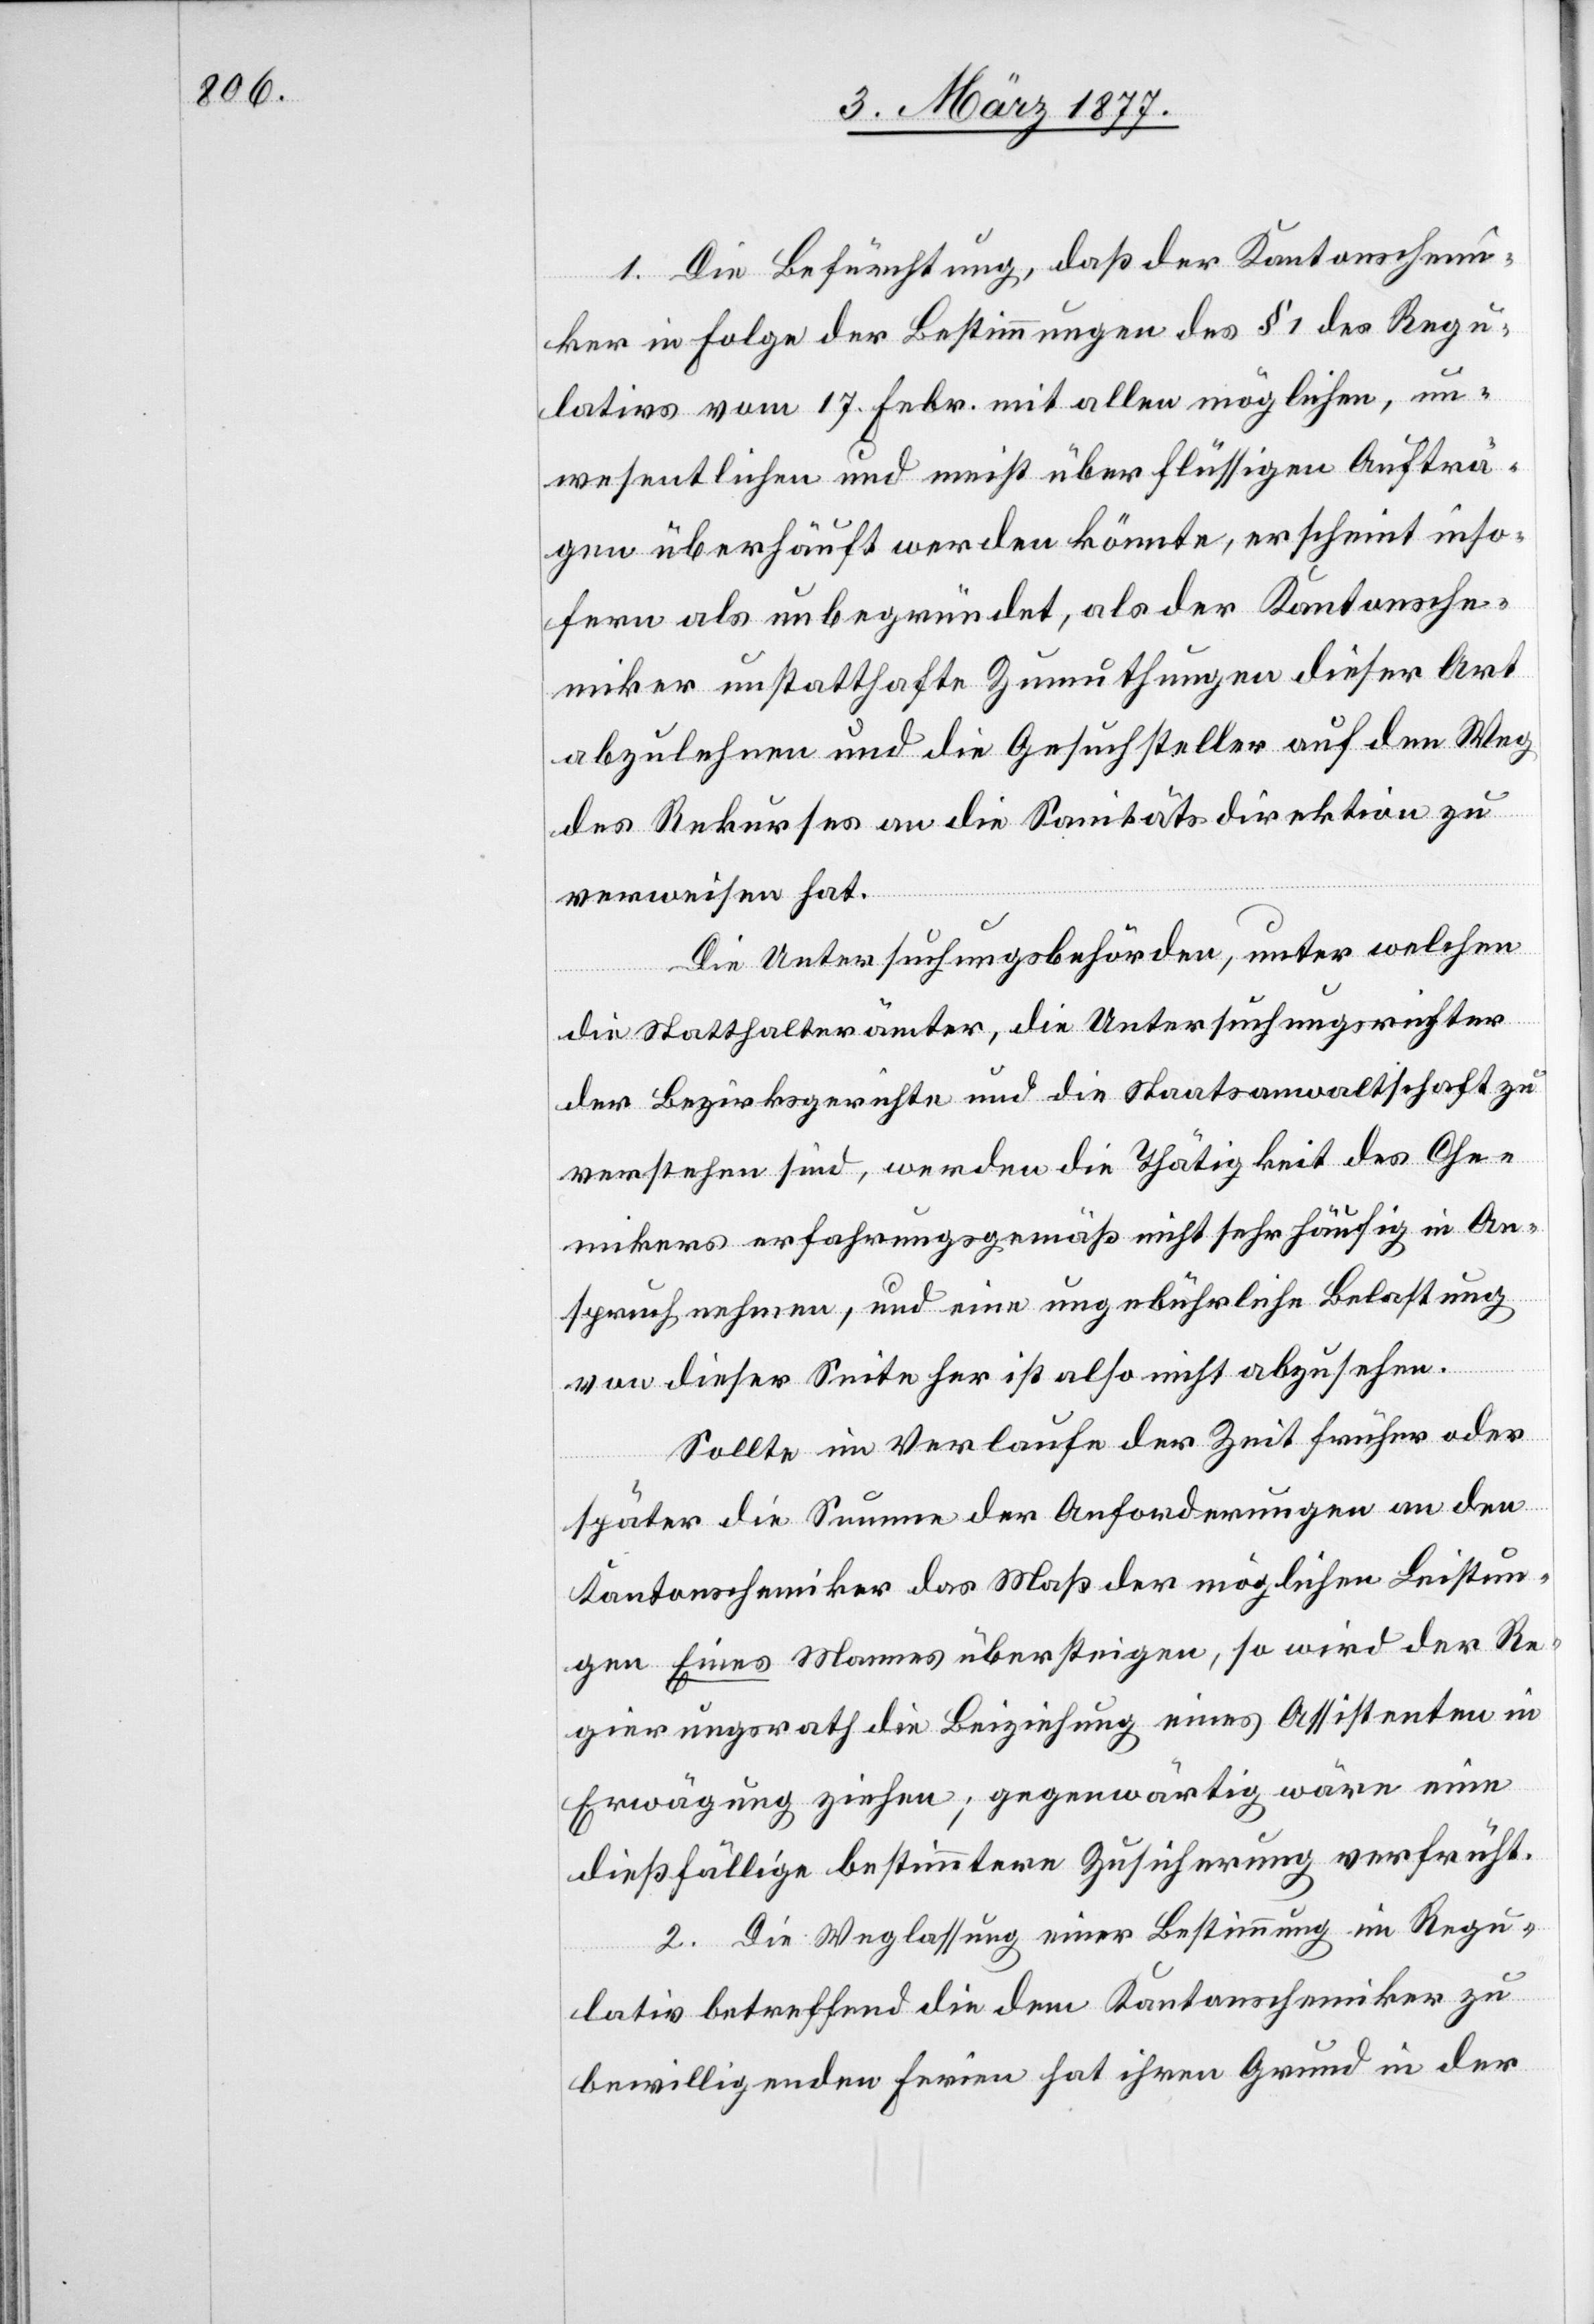
1. Die Befürchtung, daß der Kantonschem¬
iker in Folge der Bestimmung des § 1 des Regu¬
lativs vom 17. Febr. mit allen möglichen, un¬
wesentlichen und meist überflüssigen Aufträ¬
gen überhäuft werden könnte, erscheint inso¬
fern als unbegründet, als der Kantonsche¬
miker unstatthafte Zumuthungen dieser Art
abzulehnen und die Gesuchsteller auf den Weg
des Rekurses an die Sanitätsdirektion zu
verweisen hat.
Die Untersuchungsbehörde, unter welchen
die Statthalterämter, die Untersuchungsrichter
der Bezirksgerichte und die Staatsanwaltschaft zu
verstehen sind, werden die Thätigkeit des Che¬
mikers erfahrungsgemäß nicht sehr häufig in An¬
spruch nehmen, und eine ungebührliche Belastung
von dieser Seite her ist also nicht abzusehen.
Sollte im Verlaufe der Zeit früher oder
später die Summe der Anforderungen an den
Kantonschemiker das Maß der möglichen Leistun¬
gen Eines Mannes übersteigen, so wird der Re¬
gierungsrath die Beiziehung eines Assistenten in
Erwägung ziehen; gegenwärtig wäre eine
dießfällige bestimmtere Zusicherung verfrüht.
2. Die Weglassung einer Bestimmung im Regu¬
lativ betreffend die dem Kantonschemiker zu
bewilligenden Ferien hat ihren Grund in der